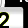
Digit: 2